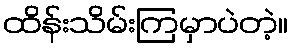
ထိန်းသိမ်းကြမှာပဲတဲ့။